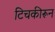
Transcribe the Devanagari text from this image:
टिचकीरून